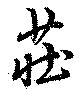
荘